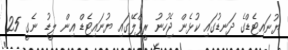
ޔުނައިޓެޑްގެ ދަނޑުގައި ކުޅެން ޖެހުނު ރީޕްލޭގައި ޔުނައިޓެޑް އިން ލީޑު ނެގީ 25